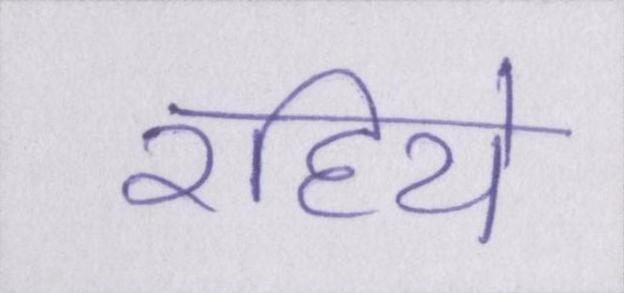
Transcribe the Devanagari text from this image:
रहिये